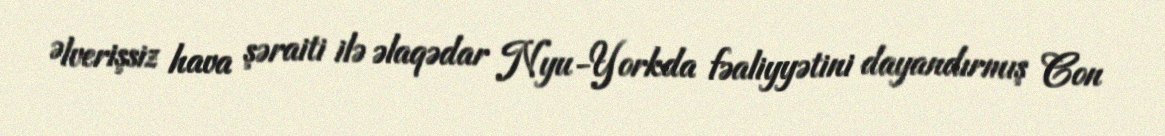
Əlverişsiz hava şəraiti ilə əlaqədar Nyu-Yorkda fəaliyyətini dayandırmış Con